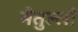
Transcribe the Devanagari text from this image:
मैतुल्लो